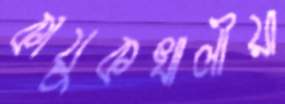
কায়ুকখালীয়া